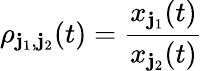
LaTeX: \rho_{\mathbf{j}_{1},\mathbf{j}_{2}}(t)=\frac{{x_{\mathbf{j}_{1}}(t)}}{{x_{\mathbf{j}_{2}}(t)}}